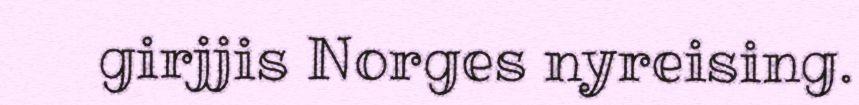
girjjis Norges nyreising.